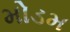
મોડમ